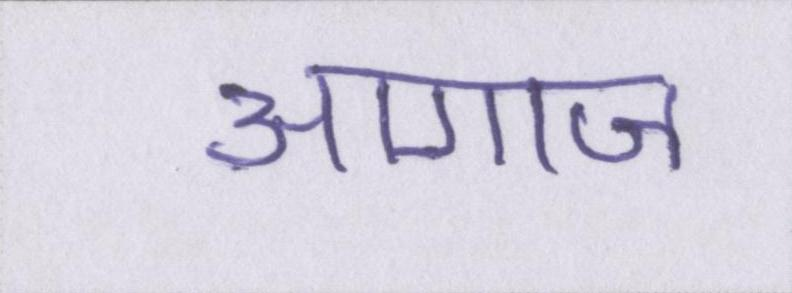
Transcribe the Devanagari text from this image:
आगाज